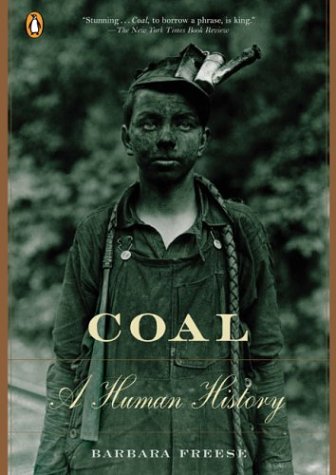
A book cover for Coal: A Human History; Barbara Freese; Science & Math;